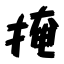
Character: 掩